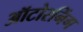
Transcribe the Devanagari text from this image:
ऑटोरनिंग